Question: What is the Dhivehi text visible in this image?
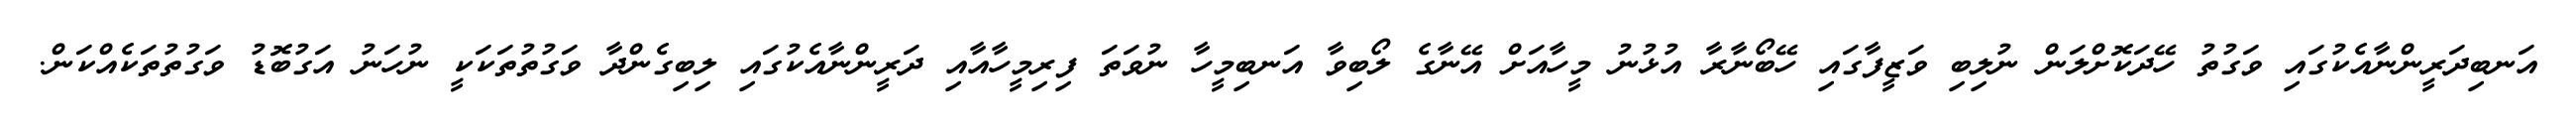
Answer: އަނބިދަރީންނާއެކުގައި ވަގުތު ހޭދަކޮށްލަން ނުލިބި ވަޒީފާގައި ހޭބޯނާރާ އުޅުނު މީހާއަށް އޭނާގެ ލޯބިވާ އަނބިމީހާ ނުވަތަ ފިރިމީހާއާއި ދަރީންނާއެކުގައި ލިބިގެންދާ ވަގުތުތަކަކީ ނުހަނު އަގުބޮޑު ވަގުތުތަކެއްކަން.